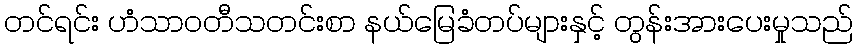
တင်ရင်း ဟံသာဝတီသတင်းစာ နယ်မြေခံတပ်များနှင့် တွန်းအားပေးမှုသည်